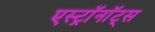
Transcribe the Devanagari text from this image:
एस्ट्राॅनाॅट्स